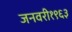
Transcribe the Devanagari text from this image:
जनवरी१९६३